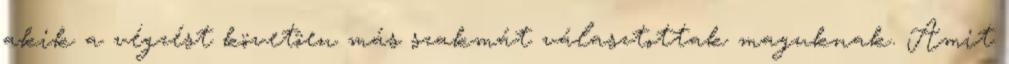
akik a végzést követôen más szakmát választottak maguknak. Amit